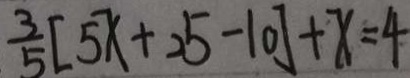
\frac { 3 } { 5 } [ 5 x + 2 5 - 1 0 ] + x = 4